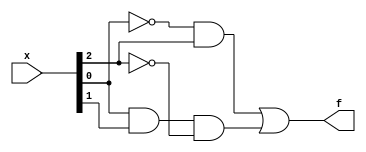
// Exercise 3-1-4-6: K-Map 1
module KMap1 (
    input [4:1] x, 
    output f
);
    /* 
    x3x4\x1x2 00 01 11 10
    ---------------------
    00        d  0  d  d
    01        0  d  1  0
    11        1  1  d  d
    10        1  1  0  0
    */

    assign f = (~x[1] & x[3]) | (x[1] & x[2] & ~x[3]);
endmodule